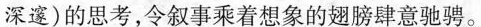
深邃)的思考，令叙事乘着想象的翅膀肆意驰骋。